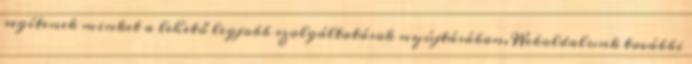
segítenek minket a lehető legjobb szolgáltatások nyújtásában. Weboldalunk további